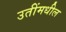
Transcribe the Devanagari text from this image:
उतींमधील